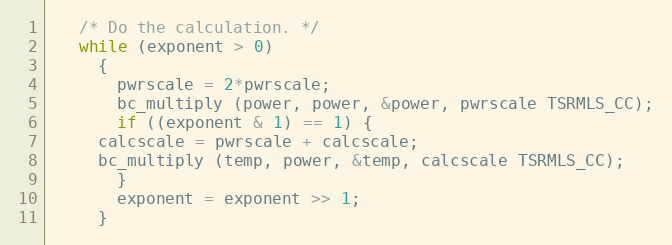
Language: C++
   /* Do the calculation. */
   while (exponent > 0)
     {
       pwrscale = 2*pwrscale;
       bc_multiply (power, power, &power, pwrscale TSRMLS_CC);
       if ((exponent & 1) == 1) {
	 calcscale = pwrscale + calcscale;
	 bc_multiply (temp, power, &temp, calcscale TSRMLS_CC);
       }
       exponent = exponent >> 1;
     }